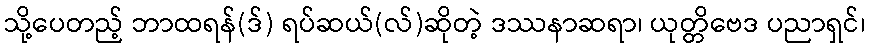
သို့ပေတည့် ဘာထရန်(ဒ်) ရပ်ဆယ်(လ်)ဆိုတဲ့ ဒဿနာဆရာ၊ ယုတ္တိဗေဒ ပညာရှင်၊